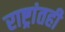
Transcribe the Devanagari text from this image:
राष्ट्रांतही